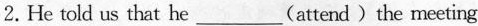
2.He told us that he___(attend)the meeting